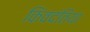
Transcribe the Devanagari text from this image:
किंवदंतिया